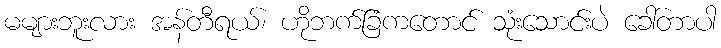
မများဘူးလား အန်တီရယ်၊ ဟိုဘက်ခြံကတောင် သုံးသောင်းပဲ ခေါ်တာပါ